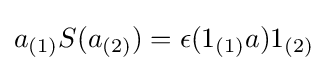
a_{(1)}S(a_{(2)})=\epsilon (1_{(1)}a)1_{(2)}